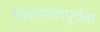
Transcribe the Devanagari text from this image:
निश्चयतापूर्वक